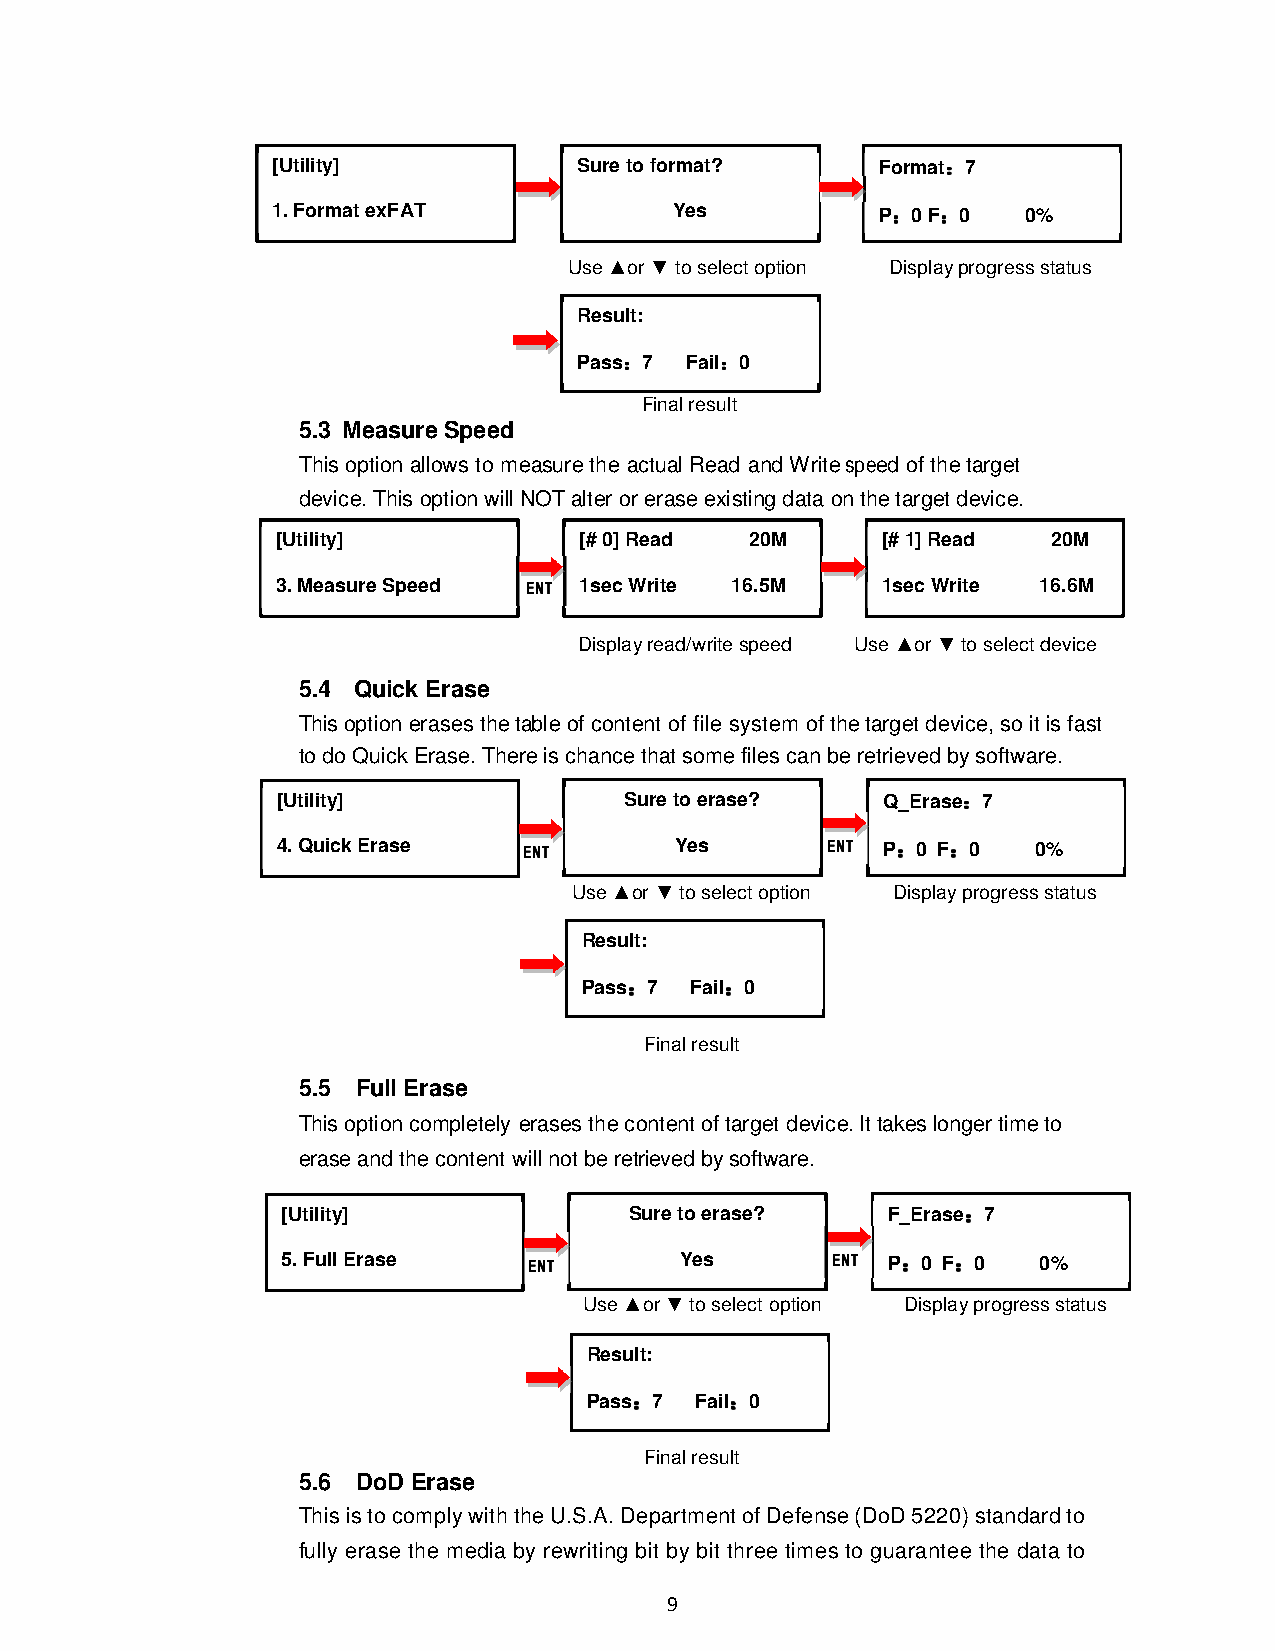
[Utility]           Sure to format?     Format：：：：7
 1. F ormat exFAT           Yes          P：：：：0 F：：：：0 0%
 Use ▲or ▼ to select option Display progress status
 Result:
 Pass：：：：7 Fail：：：：0
 Final result
 5.3 Measure Speed
 This option allows to measure the actual Read and Write speed of the target
 device. This option will NOT alter or erase existing data on the target device.
 [Utility]           [# 0] Read  20M     [# 1] Read  20M
 3. Measure Speed EEEENNNNTTTT 1sec Write 16.5M 1sec Write 16.6M
 Display read/write speed Use ▲or ▼ to select device
 5.4 Quick Erase
 This option erases the table of content of file system of the target device, so it is fast
 to do Quick Erase. There is chance that some files can be retrieved by software.
 [U tility]             Sure to erase?   Q_Erase：：：：7
 4. Quick Erase   EEEENNNNTTTT Yes    EEEENNNNTTTT P：：：：0 F：：：：0 0%
 Use ▲or ▼ to select option Display progress status
 Result:
 Pass：：：：7 Fail：：：：0
 Final result
 5.5 Full Erase
 This option completely erases the content of target device. It takes longer time to
 erase and the content will not be retrieved by software.
 oftware.
 [Utility]              Sure to erase?   F_Erase：：：：7
 5. Full Erase   EEEENNNNTTTT Yes    EEEENNNNTTTT P：：：：0 F：：：：0 0%
 Use ▲or ▼ to select option Display progress status
 Result:
 Pass：：：：7 Fail：：：：0
 Final result
 5.6 DoD Erase
 This is to comply with the U.S.A. Department of Defense (DoD 5220) standard to
 fully erase the media by rewriting bit by bit three times to guarantee the data to
 9